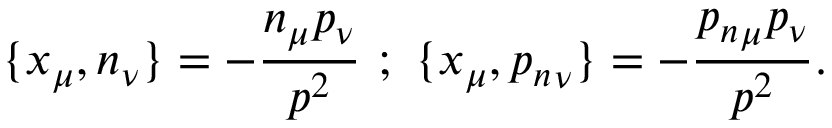
\{ x _ { \mu } , n _ { \nu } \} = - \frac { n _ { \mu } p _ { \nu } } { p ^ { 2 } } ~ ; ~ \{ x _ { \mu } , { p _ { n } } _ { \nu } \} = - \frac { { p _ { n } } _ { \mu } p _ { \nu } } { p ^ { 2 } } .